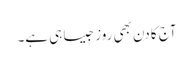
آج کا دن بھی روز جیسا ہی ہے۔